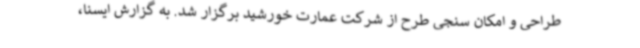
طراحی و امکان سنجی طرح از شرکت عمارت خورشید برگزار شد. به گزارش ایسنا،